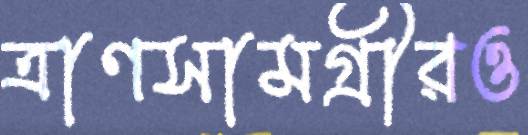
ত্রাণসামগ্রীরও